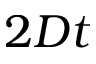
2 D t